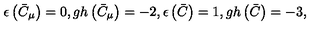
\epsilon \left( \bar { C } _ { \mu } \right) = 0 , g h \left( \bar { C } _ { \mu } \right) = - 2 , \epsilon \left( \bar { C } \right) = 1 , g h \left( \bar { C } \right) = - 3 ,